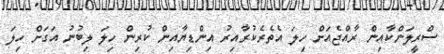
ސްރީލަންކާއިން ރާއްޖެއަށް ހިލަ އެތެރެކުރާއިރު އިންޑިޔާއިން ކުރިން ހިލަ ލިބުނު އަގަށް ހިލަ